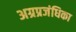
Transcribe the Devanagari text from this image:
अग्रप्रजंधिका